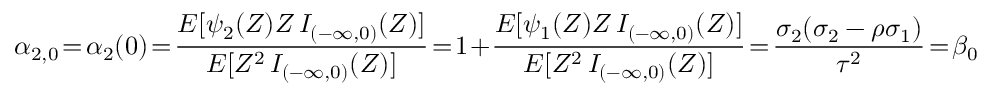
\alpha _ { 2 , 0 } \! = \! \alpha _ { 2 } ( 0 ) \! = \! \frac { E [ \psi _ { 2 } ( Z ) Z \, I _ { ( - \infty , 0 ) } ( Z ) ] } { E [ Z ^ { 2 } \, I _ { ( - \infty , 0 ) } ( Z ) ] } \! = \! 1 \! + \! \frac { E [ \psi _ { 1 } ( Z ) Z \, I _ { ( - \infty , 0 ) } ( Z ) ] } { E [ Z ^ { 2 } \, I _ { ( - \infty , 0 ) } ( Z ) ] } \! = \! \frac { \sigma _ { 2 } ( \sigma _ { 2 } - \rho \sigma _ { 1 } ) } { \tau ^ { 2 } } \! = \! \beta _ { 0 }